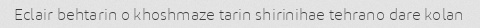
Eclair behtarin o khoshmaze tarin shirinihae tehrano dare kolan